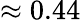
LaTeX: \approx 0.44